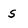
Character: s